Leaving Certificate Examination, 1925
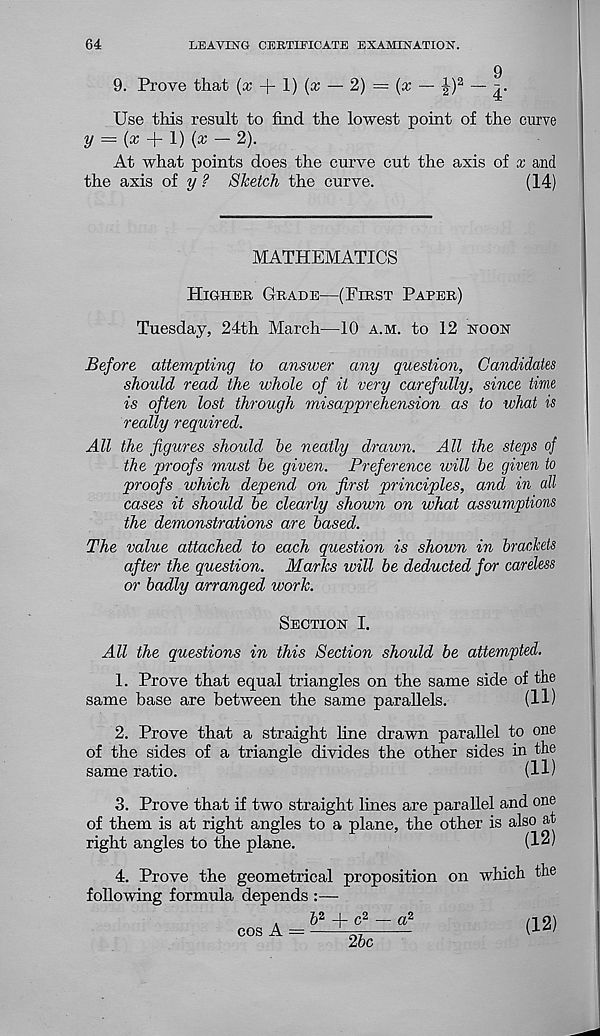
64
LEAVING CERTIFICATE EXAMINATION.
g
9. Prove that (x -\- \) {x — 2) = {x — ^) 2 —
Use this result to find the lowest point of the curve
y = {x + 1) (x — 2).
At what points does the curve cut the axis of x and
the axis of y ? Sketch the curve.
(14)
MATHEMATICS
Higher Grade—(First Paper)
Tuesday, 24th March—10 a.m. to 12 noon
Before attempting to answer any question, Candidates
should read the whole of it very carefully, since time
is often lost through misapprehension as to what is
really required.
All the figures should he neatly drawn. All the steps of
the proofs must be given. Preference will he given to
proofs which depend on first principles, and in all
cases it should he clearly shown on what assumptions
the demonstrations are based.
The value attached to each question is shown in brackets
after the question. Marks will be deducted for careless
or badly arranged work.
Section I.
All the questions in this Section should be attempted.
1. Prove that equal triangles on the same side of the
same base are between the same parallels.
(ID
2. Prove that a straight fine drawn parallel to one
of the sides of a triangle divides the other sides in the
same ratio.
(ID
3. Prove that if two straight lines are parallel and one
of them is at right angles to a plane, the other is also at
right angles to the plane.
(12)
4. Prove the geometrical proposition on which the
following formula depends :—
.
6 2 + c 2 — a 2
cos A =
(12)